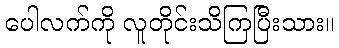
ပေါလက်ကို လူတိုင်းသိကြပြီးသား။